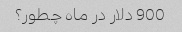
900 دلار در ماه چطور؟